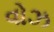
વોઝ